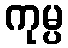
ကုမ္ပ